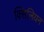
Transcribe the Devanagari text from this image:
क्सिलियन